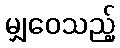
မျှဝေသည့်